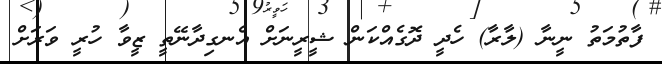
ފާތުމަތު ނީނާ (ލާރާ) ހެދީ ދޮގެއްކަން ޝީރީނަށް އެނގިދާނޭތީ ޒީވާ ހުރީ ވަރަށް